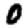
Digit: 0